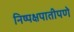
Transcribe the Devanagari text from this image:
निष्पक्षपातीपणे